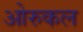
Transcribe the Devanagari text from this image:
ओरुकल